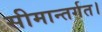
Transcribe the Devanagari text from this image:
सीमान्तर्गत।